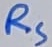
Text: RS